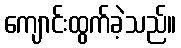
ကျောင်းထွက်ခဲ့သည်။